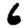
Digit: 6